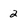
Character: 2